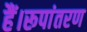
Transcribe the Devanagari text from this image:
हैं।रूपांतरण